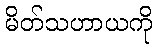
မိတ်သဟာယကို